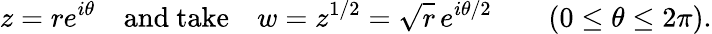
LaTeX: z=re^{i\theta}\quad{\mathrm{and~take}}\quad w=z^{1/2}={\sqrt{r}}\, e^{i\theta/2}\qquad(0\leq\theta\leq 2\pi).